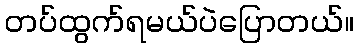
တပ်ထွက်ရမယ်ပဲပြောတယ်။